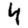
Digit: 4